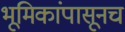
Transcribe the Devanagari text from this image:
भूमिकांपासूनच